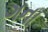
ગના